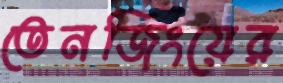
তেনজিংয়ের